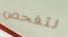
لتفحص